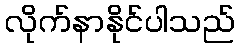
လိုက်နာနိုင်ပါသည်